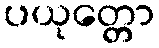
ပယုတ္တော